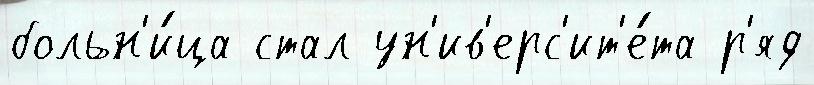
больн'и́ца стал ун'ив'ерс'ит'е́та р'яд